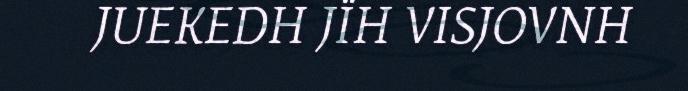
JUEKEDH JÏH VISJOVNH